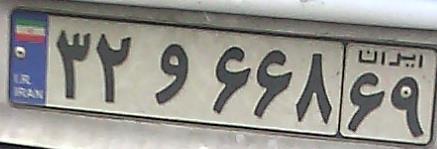
۳۲و۶۶۸۶۹